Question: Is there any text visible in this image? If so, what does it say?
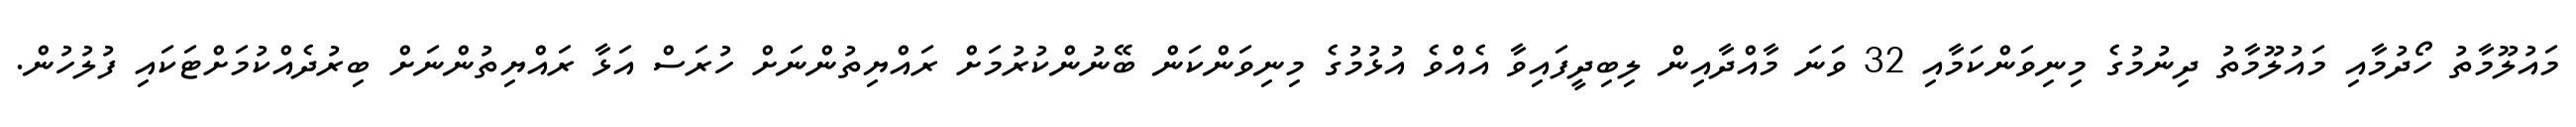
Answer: މައުލޫމާތު ހޯދުމާއި މައުލޫމާތު ދިނުމުގެ މިނިވަންކަމާއި 32 ވަނަ މާއްދާއިން ލިބިދީފައިވާ އެއްވެ އުޅުމުގެ މިނިވަންކަން ބޭނުންކުރުމަށް ރައްޔިތުންނަށް ހުރަސް އަޅާ ރައްޔިތުންނަށް ބިރުދެއްކުމަށްޓަކައި ފުލުހުން.